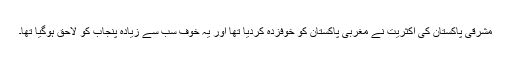
مشرقی پاکستان کی اکثریت نے مغربی پاکستان کو خوفزدہ کردیا تھا اور یہ خوف سب سے زیادہ پنجاب کو لاحق ہوگیا تھا۔